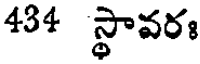
434 స్థావరః